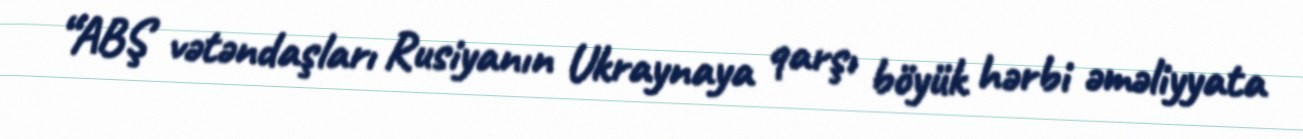
“ABŞ vətəndaşları Rusiyanın Ukraynaya qarşı böyük hərbi əməliyyata